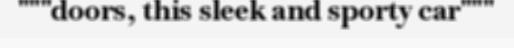
"""doors, this sleek and sporty car"""